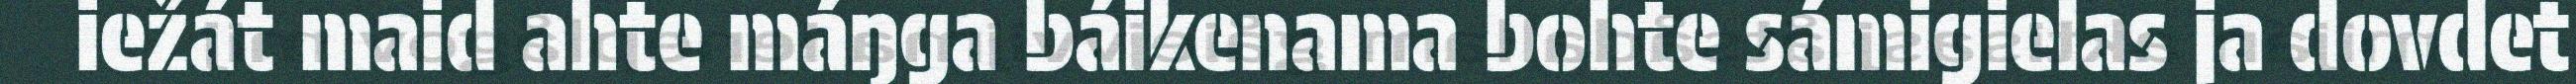
iežát maid ahte máŋga báikenama bohte sámigielas ja dovdet